Indian journal of veterinary science and animal husbandry - Volumes 28-29, 1958-1959
Year: 1958
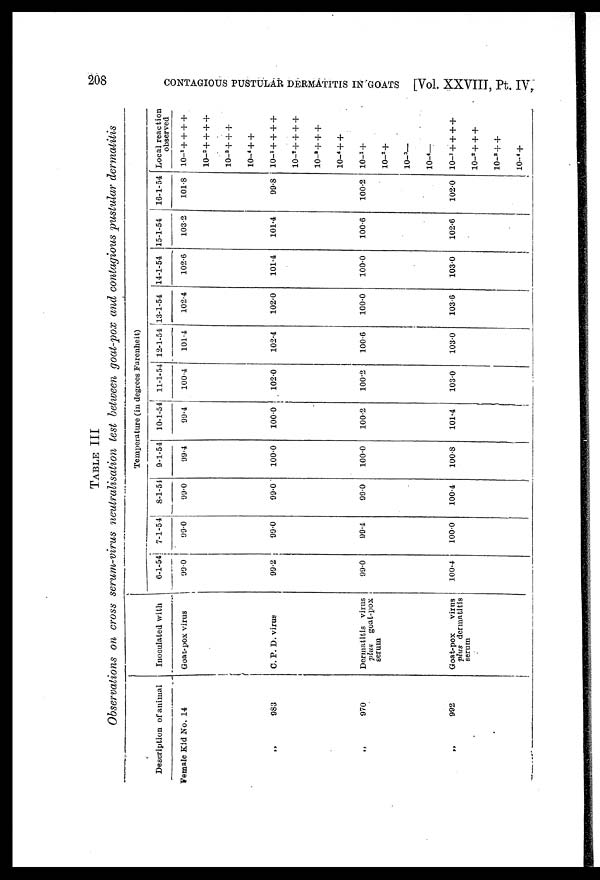
208
CONTAGIOUS PUST ULAR DERMATITIS IN GOATS [Vol. XXVIII, Pt. IV,
TABLE III
Observations on cross serum.virus neutralisation test between goat.pox and contagious pustular dermatitis
Description of animal
Female Kid No. 14
„
983
„ 970
„ 992
Inoculated with
Goat-pox virus
C. P. D. virus
Dermatitis virus
plus
goat-pox
serum
Goat-pox
virus
plus dermatitis
serum
Temperature (in degrees Farenheit)
6-1-54
99.0
99.2
99.0
100.4
7-1-54
99.0
99.0
99.4
100.0
8-1-54
99.0
99.0
99.0
100.4
9-1-54
99.4
100.0
100.0
100.8
10-1-54
99.4
100.0
100.2
101.4
11-1-54
100.4
102.0
100.2
103.0
12-1-54
101.4
102.4
100.6
103.0
13-1-54
102.4
102.0
100.0
103.6
14-1-54
102.6
101.4
100.0
103.0
15-1-54
103.2
101.4
100.6
102.6
16-1-54
101.8
99.8
100.2
102.0
Local reaction
observed
10 -1 ++++
10 -2 ++++
10 -3 +++
10 -4 ++
10 -1 ++++
10 -2 ++++
10 -3 +++
10 -4 ++
10 -1 +
10 -2 +
10 -3 —
10 -4 —
10 -1 ++++
10 -2 +++
10 -3 ++
10 -4 +